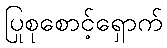
ပြုစုစောင့်ရှောက်